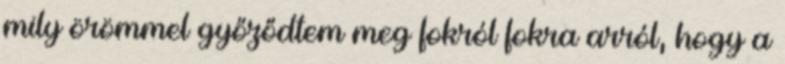
mily örömmel győződtem meg fokról fokra arról, hogy a